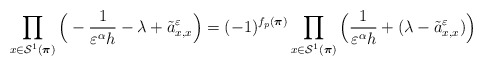
\begin{align*}\prod_{x\in\mathcal{S}^1(\boldsymbol{\pi})}\Big(-\frac{1}{\varepsilon^\alpha h}-\lambda+\tilde{a}^\varepsilon_{x,x}\Big)=(-1)^{f_p(\boldsymbol{\pi})}\prod_{x\in\mathcal{S}^1(\boldsymbol{\pi})}\Big(\frac{1}{\varepsilon^\alpha h}+(\lambda-\tilde{a}^\varepsilon_{x,x})\Big)\end{align*}